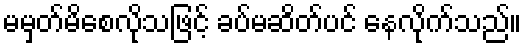
မမှတ်မိစေလိုသဖြင့် ခပ်မဆိတ်ပင် နေလိုက်သည်။